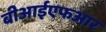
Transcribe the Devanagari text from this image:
बीआईएफआर